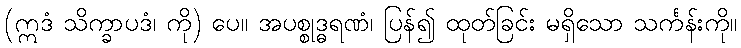
(ဣဒံ သိက္ခာပဒံ၊ ကို) ပေ။ အပစ္စုဒ္ဓရဏံ၊ ပြန်၍ ထုတ်ခြင်း မရှိသော သင်္ကန်းကို။